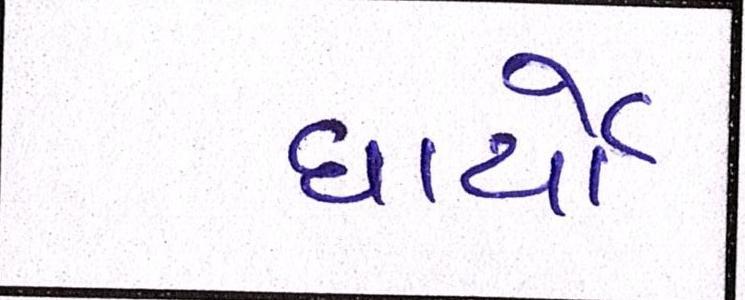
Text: ધાર્યો